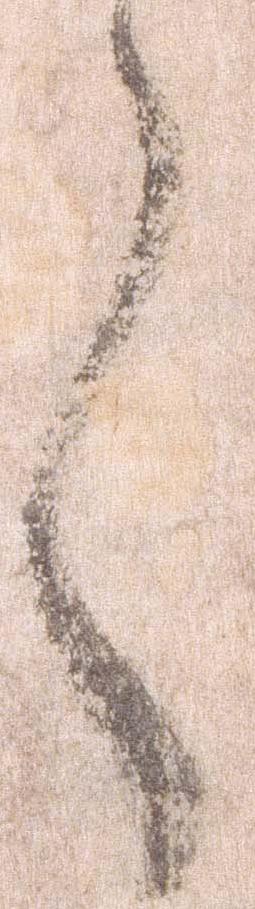
言